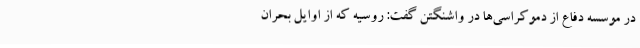
در موسسه دفاع از دموکراسی‌ها در واشنگتن گفت: روسیه که از اوایل بحران